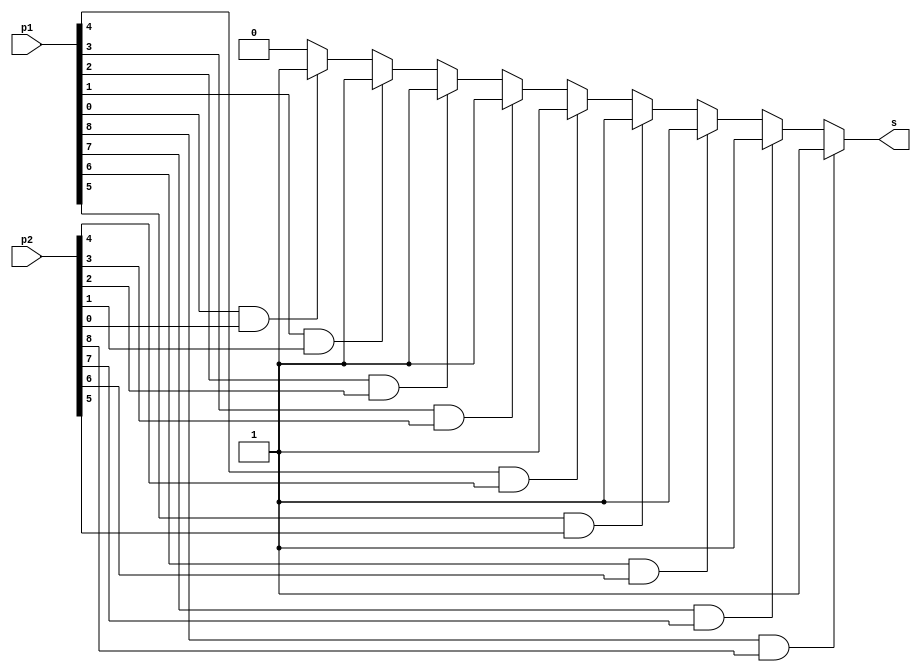
module invalid_check(p1,p2,s);
	input [0:8] p1,p2;
	output reg s;

	always @* begin
			if(p1[0]==1'b1 && p2[0]==1'b1) s = 1'b1; //invalid input in position [0]
			else if(p1[1]==1'b1 && p2[1]==1'b1) s = 1'b1; //invalid input in position [1]
			else if(p1[2]==1'b1 && p2[2]==1'b1) s = 1'b1; //invalid input in position [2]
			else if(p1[3]==1'b1 && p2[3]==1'b1) s = 1'b1; //invalid input in position [3]
			else if(p1[4]==1'b1 && p2[4]==1'b1) s = 1'b1; //invalid input in position [4]
			else if(p1[5]==1'b1 && p2[5]==1'b1) s = 1'b1; //invalid input in position [5]
			else if(p1[6]==1'b1 && p2[6]==1'b1) s = 1'b1; //invalid input in position [6]
			else if(p1[7]==1'b1 && p2[7]==1'b1) s = 1'b1; //invalid input in position [7]
			else if(p1[8]==1'b1 && p2[8]==1'b1) s = 1'b1; //invalid input in position [8]
			else s = 1'b0; //for p1[x] != p2[x] & p1[x]=0 and p2[x]=0
	end

endmodule